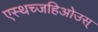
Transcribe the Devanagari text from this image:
एस्थच्जहिओउस्